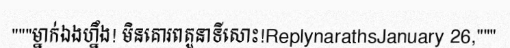
"""ម្នាក់ឯងហ្នឹង! មិនគោរពតួនាទីសោះ!ReplynarathsJanuary 26,"""